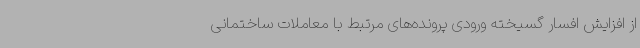
از افزایش افسار گسیخته ورودی پرونده‌های مرتبط با معاملات ساختمانی